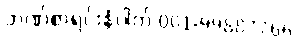
ဘဏ်စာရင်းနံပါတ် 001-99887766